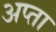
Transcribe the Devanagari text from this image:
अप्ता